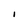
Character: I